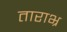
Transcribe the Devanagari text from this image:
ताराभ्र